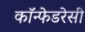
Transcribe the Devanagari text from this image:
कॉन्फेडरेसी